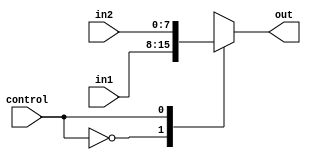
`timescale 1ns / 1ps
//////////////////////////////////////////////////////////////////////////////////
// Company: 
// Engineer: 
// 
// Design Name: 
// Module Name: eight_mux
// Project Name: 
// Target Devices: 
// Tool Versions: 
// Description: 
// 
// Dependencies: 
// 
// Revision:
// Revision 0.01 - File Created
// Additional Comments:
// 
//////////////////////////////////////////////////////////////////////////////////


module eight_bit_mux(
    input control, 
    input [7:0] in1, 
    input [7:0] in2, 
    output reg [7:0] out
    );

always @ (*)
    case (control)
        0: out <= in1; 
        1: out <= in2; 
    endcase 

endmodule